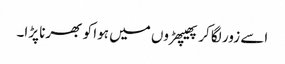
اسے زور لگا کر پھیپھڑوں میں ہوا کو بھرنا پڑا۔